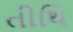
તીથિ